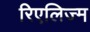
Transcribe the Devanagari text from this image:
रिएलिज्म